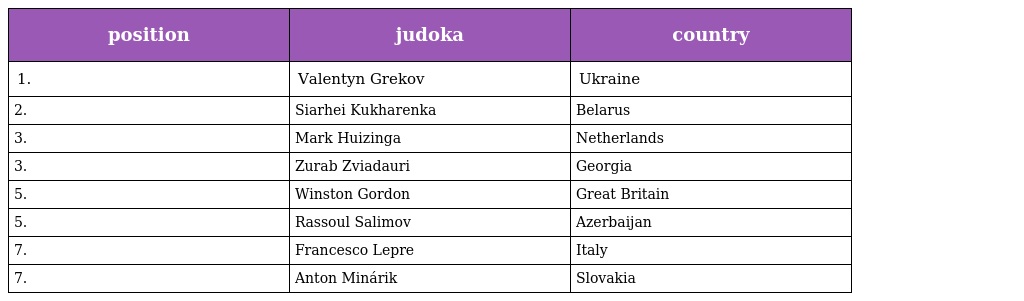
| position | judoka | country |
 | --- | --- | --- |
 | 1. | Valentyn Grekov | Ukraine |
 | 2. | Siarhei Kukharenka | Belarus |
 | 3. | Mark Huizinga | Netherlands |
 | 3. | Zurab Zviadauri | Georgia |
 | 5. | Winston Gordon | Great Britain |
 | 5. | Rassoul Salimov | Azerbaijan |
 | 7. | Francesco Lepre | Italy |
 | 7. | Anton Minárik | Slovakia |